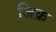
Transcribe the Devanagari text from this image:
जि़क्र